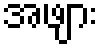
အဖျား